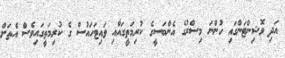
އަދި ވޮޝިންޓަންގައި ހުންނަ މިސްރުގެ އެންބަސީގެ ކުރިމަތީގައާއި ވައިޓަހައުސް ގެ ކުރިމަތީގައިވެސް އެތަށް